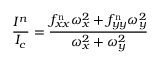
\frac { I ^ { n } } { I _ { c } } = \frac { f _ { x x } ^ { \mathrm { n } } \omega _ { x } ^ { 2 } + f _ { y y } ^ { \mathrm { n } } \omega _ { y } ^ { 2 } } { \omega _ { x } ^ { 2 } + \omega _ { y } ^ { 2 } }